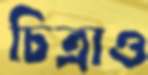
চিত্রাও